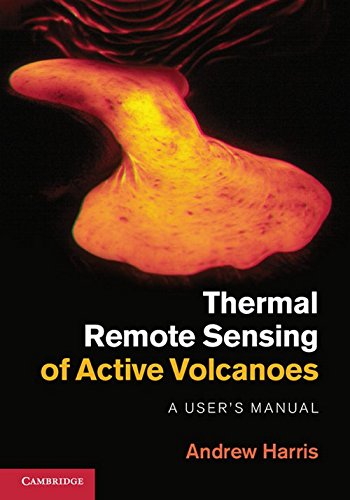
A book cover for Thermal Remote Sensing of Active Volcanoes: A User's Manual; Andrew Harris; Science & Math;